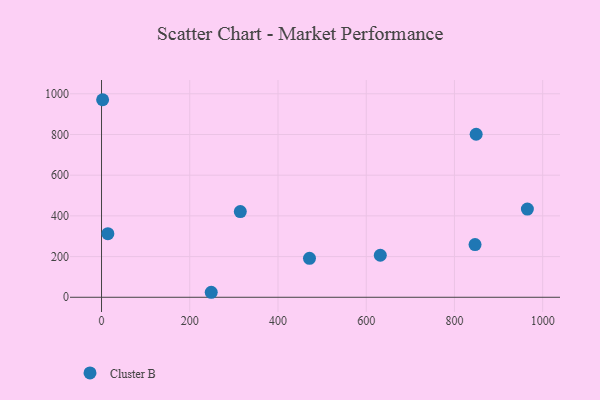
{"axis": {"x": "Ad Spend", "y": "Demand"}, "legend": ["Cluster B"], "data": [{"x": "631.9", "y": 206.5, "type": "Cluster B"}, {"x": "965.3", "y": 433.6, "type": "Cluster B"}, {"x": "471.4", "y": 191.4, "type": "Cluster B"}, {"x": "846.7", "y": 259.0, "type": "Cluster B"}, {"x": "14.4", "y": 312.4, "type": "Cluster B"}, {"x": "314.6", "y": 421.4, "type": "Cluster B"}, {"x": "248.7", "y": 24.6, "type": "Cluster B"}, {"x": "2.5", "y": 970.8, "type": "Cluster B"}, {"x": "849.2", "y": 801.2, "type": "Cluster B"}]}